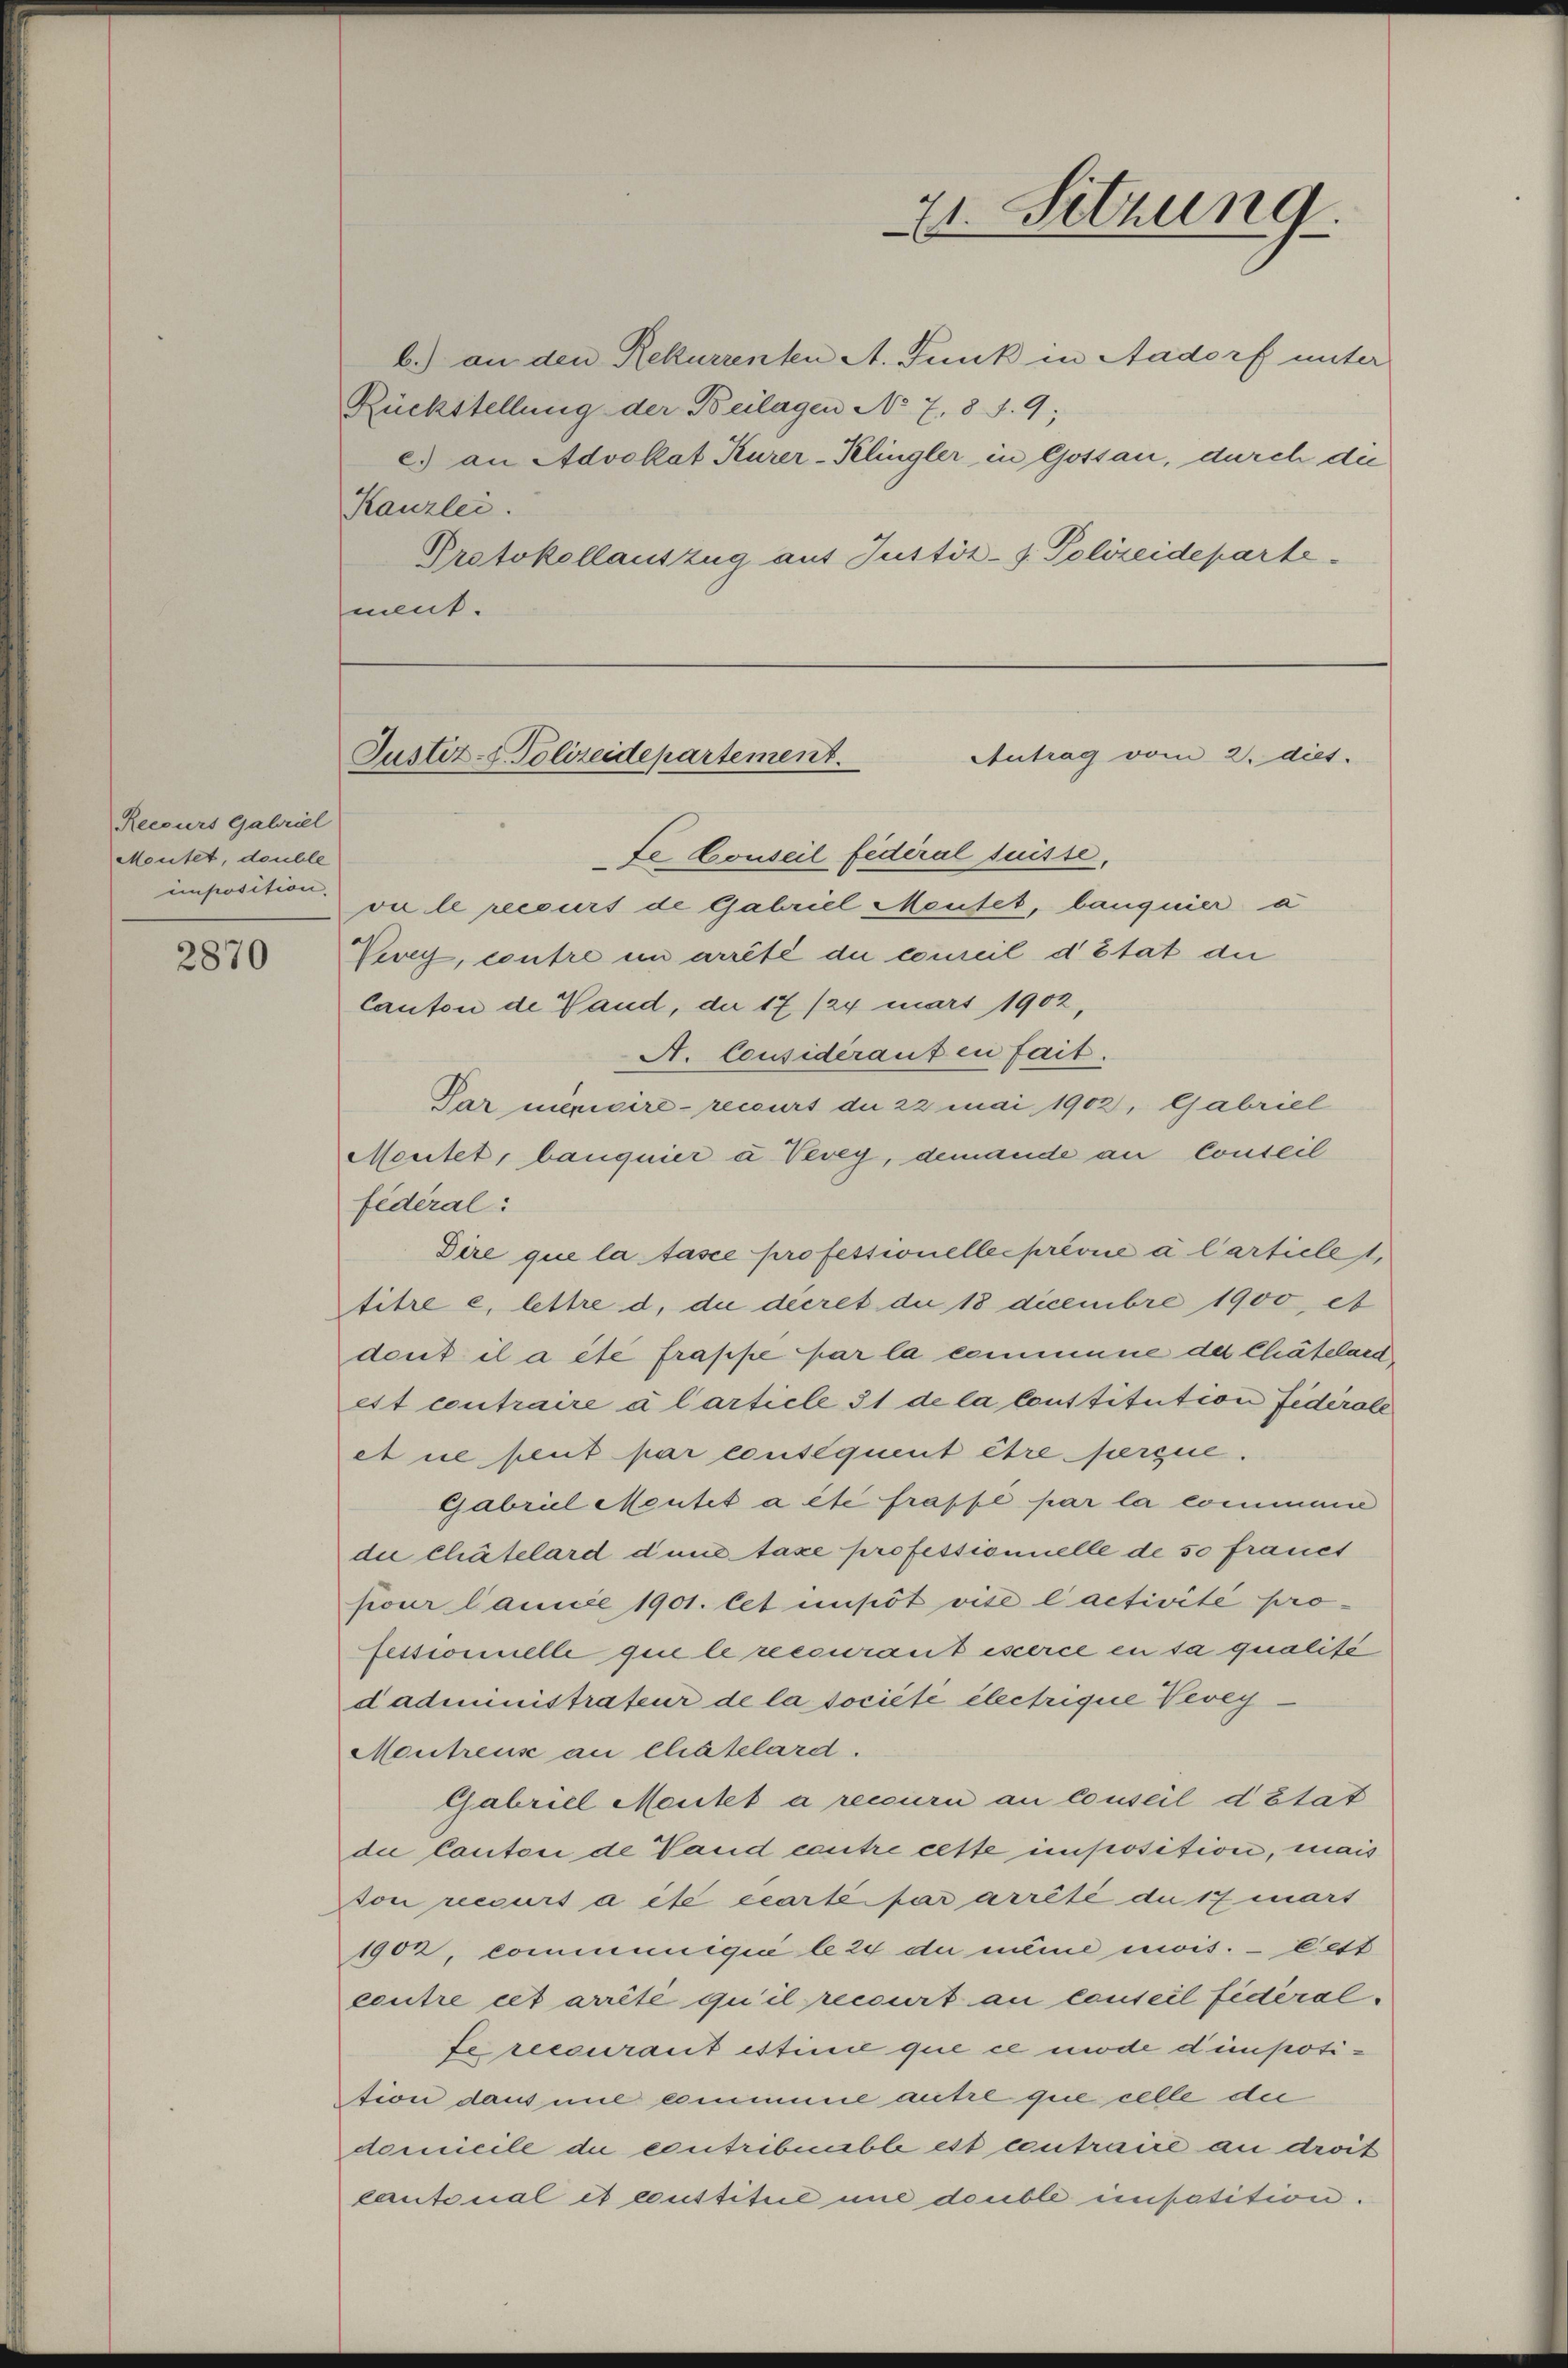
Recours Gabriel
Meutet, double
unposition.

2870

Rückstellung der Beilagen No 78 f. 9;
Kanzlei.
Protokollauszug auf Justiz-J. Polizeidepartement.

b.) an den Rekurrenten A. Funk in Aadorf unter
c.) an Advokat Kurer-Klingler in Gossan, durch die

21. Sitzung

Antrag vom 2. dies.
Justiz-Polizeidepartement.

te Conseil fédéral Suisse,
vu le recours de Gabriel Meutet, bauquier a
Perey, contre ein arrêté du comeil d’Etat der
Canton de Vaud, da 17 /24 mars 1902,
A. Considerauf en fait.
Par mengere - recours du 22 mai 1902, Gabriel
Meutet, banquier u Vevey, demande an Conseil
fédéral:
Dire que la fasce professionelle prévue à l’articlet,
titre e lettre d. die decret die 18 decembre 1900 et
dont il a été frappe par la commene des Chätelard
ett contraire à l’article 31 de la Constitution fidérale
etne peut par consequent être herzie¬
Gabriel Meutet a été frappe par la commune
die Chätelard dune taxe professionnelle de so frauet
pour launiée 1901. Cet impôt vise l’activité professionnelle qui le reecuranz iscerce in sa qualité
dadministrateur de la société électrique Vevey
Mentens an Chatelard.
Gabriel Mentes a recuri an conseil d’Etat
die Canton de Vaud cautre cette imposition, mais
ton recours à été écartei par arrêté du 17 mars
1902, communigii le 24 du meine mois. — Cett
centre cet arrêté qu’il recourt an conseil fédéralfe recourant estinie que ce mode d’imposition daus mit commene autre que celle die
domicile di contribnable est contraire an droit
cantonal et coustitul une double impotition.